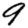
Digit: 9